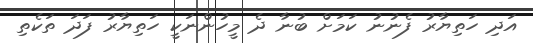
އަދި ހަތިޔާރު ފެނުނު ކަމަށް ބުނާ ދެ މީހުންނަކީ ހަތިޔާރު ފަދަ ތަކެތި